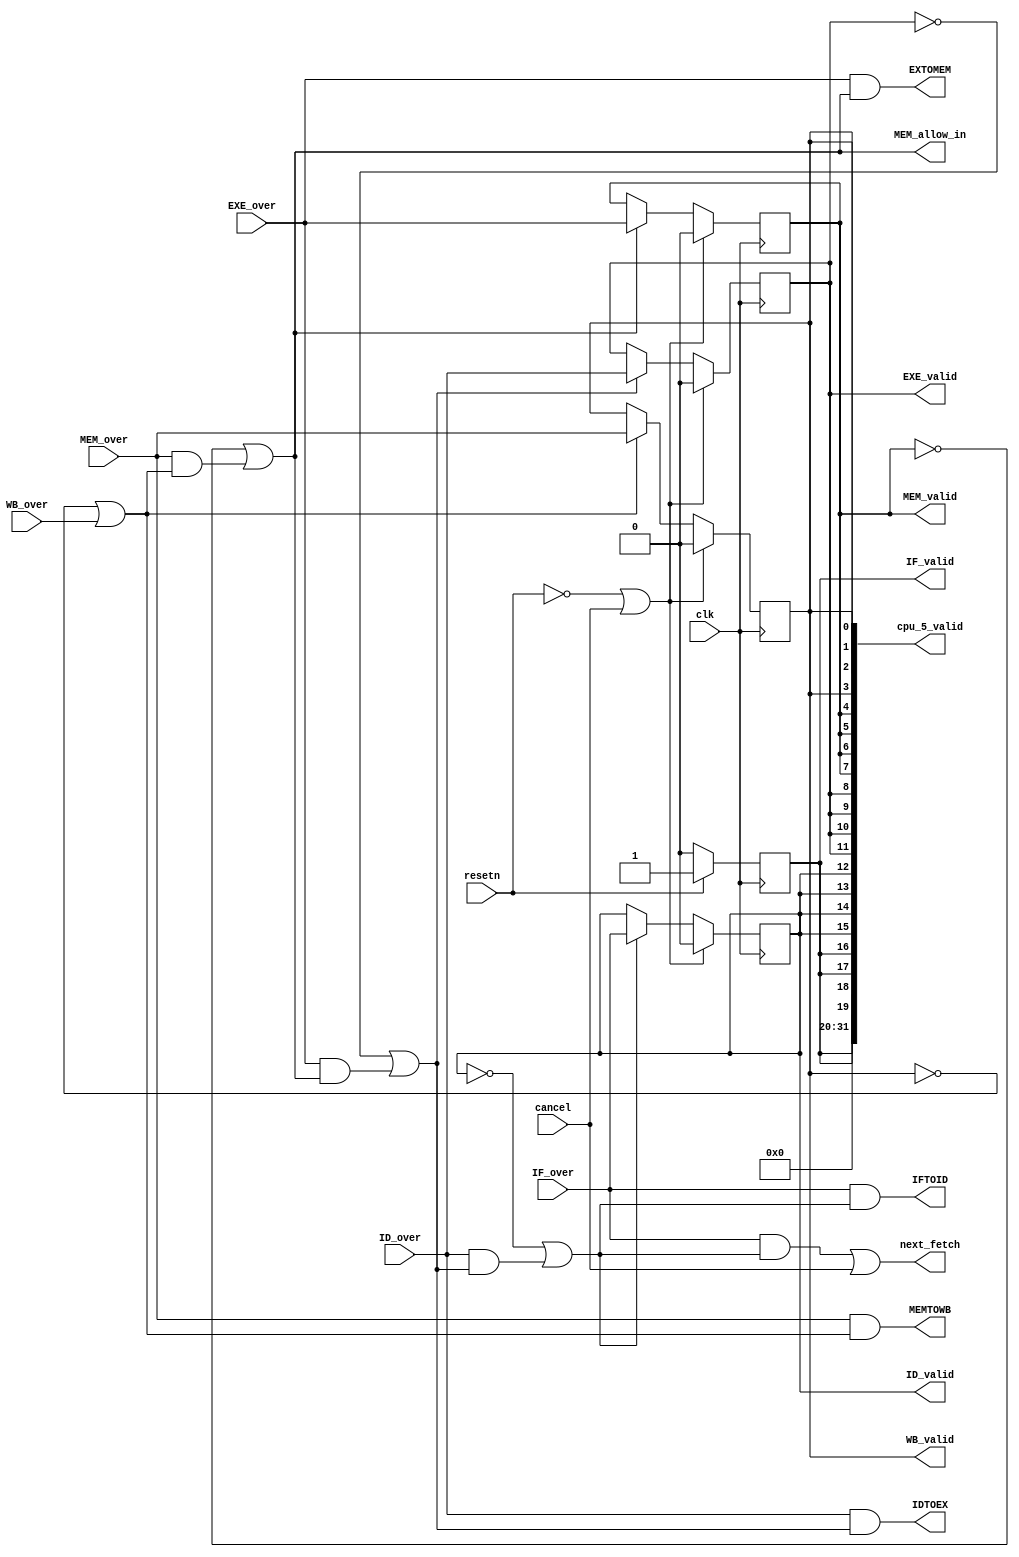
`timescale 1ns / 1ps
//////////////////////////////////////////////////////////////////////////////////
// Company: SDU CS
// 
// Design Name: CU
// Module Name: cu
// Project Name: pipline_cpu
// Target Devices: 
// Tool Versions: 
// Description: 
// 
// Dependencies: demoCUdemo
// 
// Revision:
// Revision 0.01 - File Created
// Additional Comments:
// 
//////////////////////////////////////////////////////////////////////////////////
module cu(
    // 
    input clk,           // 
    input resetn,        // 
    
    //
    input IF_over,
    input ID_over,
    input EXE_over,
    input MEM_over,
    input WB_over,
    input cancel, 


    //
    output IFTOID,
    output IDTOEX,
    output EXTOMEM,
    output MEMTOWB,
    output MEM_allow_in,
    
    
    //
    //5valid
    output reg IF_valid,
    output reg ID_valid,
    output reg EXE_valid,
    output reg MEM_valid,
    output reg WB_valid,
    output next_fetch,
    
    //
    output[31:0]cpu_5_valid
    );

    
//-------------------------{5}start--------------------------//
    //
    //
    wire IF_allow_in;
    wire ID_allow_in;
    wire EXE_allow_in;
    wire WB_allow_in;

    //IFPC
    assign next_fetch = IF_allow_in;
    
    //
    assign IF_allow_in  = (IF_over & ID_allow_in) | cancel;
    assign ID_allow_in  = ~ID_valid  | (ID_over  & EXE_allow_in);
    assign EXE_allow_in = ~EXE_valid | (EXE_over & MEM_allow_in);
    assign MEM_allow_in = ~MEM_valid | (MEM_over & WB_allow_in );
    assign WB_allow_in  = ~WB_valid  | WB_over;
//-------------------------{5}end--------------------------//
   
//-------------------------{5}start--------------------------//
   always @(posedge clk)
    begin
        if (!resetn) IF_valid <= 1'b0;
        else IF_valid <= 1'b1;

        if (!resetn || cancel)ID_valid <= 1'b0;
        else if (ID_allow_in) ID_valid <= IF_over;

        if (!resetn || cancel) EXE_valid <= 1'b0;
        else if (EXE_allow_in) EXE_valid <= ID_over;

        if (!resetn || cancel) MEM_valid <= 1'b0;
        else if (MEM_allow_in) MEM_valid <= EXE_over;

        if (!resetn || cancel)WB_valid <= 1'b0;
        else if (WB_allow_in) WB_valid <= MEM_over;
    end
    
    //5valid
    assign cpu_5_valid = {12'd0         ,{4{IF_valid }},{4{ID_valid}},
                          {4{EXE_valid}},{4{MEM_valid}},{4{WB_valid}}};
//-------------------------{5}end--------------------------//

//--------------------------{5}begin---------------------------//
//
    assign IFTOID = IF_over && ID_allow_in;
    assign IDTOEX=ID_over && EXE_allow_in;
    assign EXTOMEM=EXE_over && MEM_allow_in;
    assign MEMTOWB=MEM_over && WB_allow_in;
//---------------------------{5}end----------------------------//
endmodule